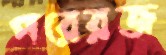
পরেরজ